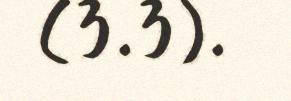
(3.3).